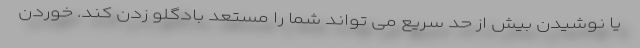
یا نوشیدن بیش از حد سریع می تواند شما را مستعد بادگلو زدن کند. خوردن